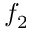
f _ { 2 }